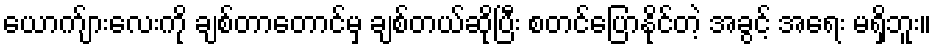
ယောက်ျားလေးကို ချစ်တာတောင်မှ ချစ်တယ်ဆိုပြီး စတင်ပြောနိုင်တဲ့ အခွင့် အရေး မရှိဘူး။